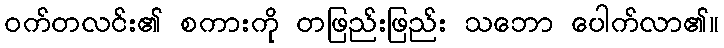
ဝက်တလင်း၏ စကားကို တဖြည်းဖြည်း သဘော ပေါက်လာ၏။